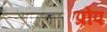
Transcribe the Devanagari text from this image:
प्रोप